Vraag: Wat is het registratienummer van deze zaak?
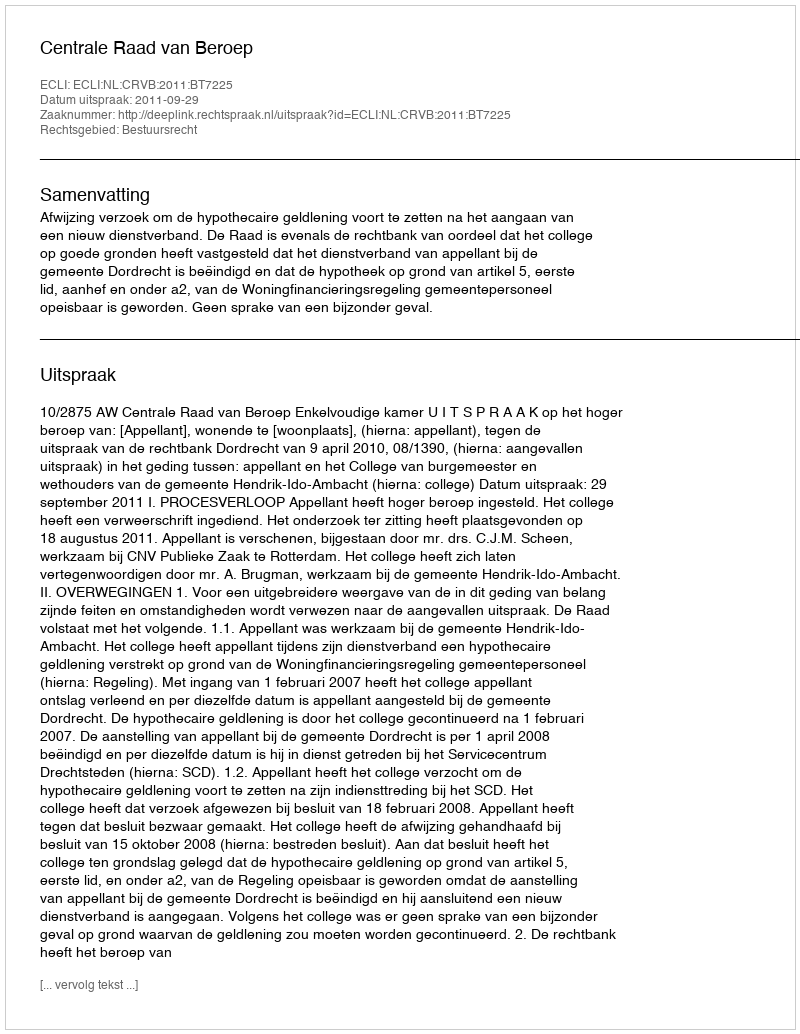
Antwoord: http://deeplink.rechtspraak.nl/uitspraak?id=ECLI:NL:CRVB:2011:BT7225